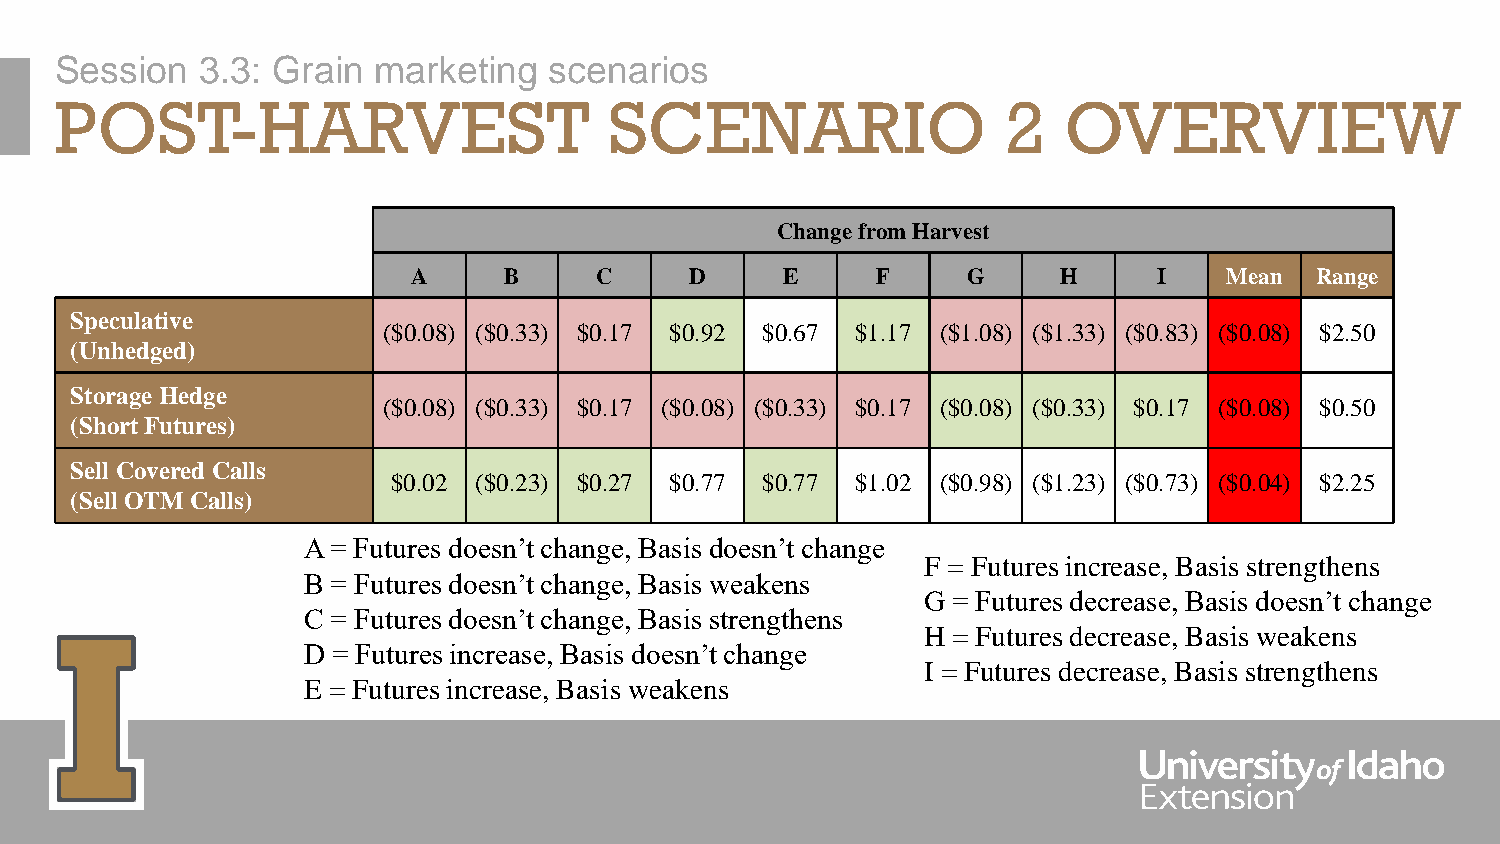
Session  3.3: Grain  marketing  scenarios
 POST-HARVEST                        SCENARIO                   2  OVERVIEW
 Change from Harvest
 A     B     C      D     E     F     G     H      I   Mean  Range
 Speculative
 ($0.08) ($0.33) $0.17 $0.92 $0.67 $1.17 ($1.08) ($1.33) ($0.83) ($0.08) $2.50
 (Unhedged)
 Storage Hedge
 ($0.08) ($0.33) $0.17 ($0.08) ($0.33) $0.17 ($0.08) ($0.33) $0.17 ($0.08) $0.50
 (Short Futures)
 Sell Covered Calls
 $0.02 ($0.23) $0.27 $0.77 $0.77 $1.02 ($0.98) ($1.23) ($0.73) ($0.04) $2.25
 (Sell OTM Calls)
 A = Futures doesn’t change, Basis doesn’t change
 F = Futures increase, Basis strengthens
 B = Futures doesn’t change, Basis weakens
 G = Futures decrease, Basis doesn’t change
 C = Futures doesn’t change, Basis strengthens
 H = Futures decrease, Basis weakens
 D = Futures increase, Basis doesn’t change
 I = Futures decrease, Basis strengthens
 E = Futures increase, Basis weakens